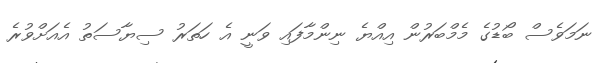
ނަމަވެސް ބޯޑުގެ މެމްބަރުން އިއްޔެ ނިންމާފައި ވަނީ އެ ހަތަރު ސިޔާސަތު އެއަށްވުރެ